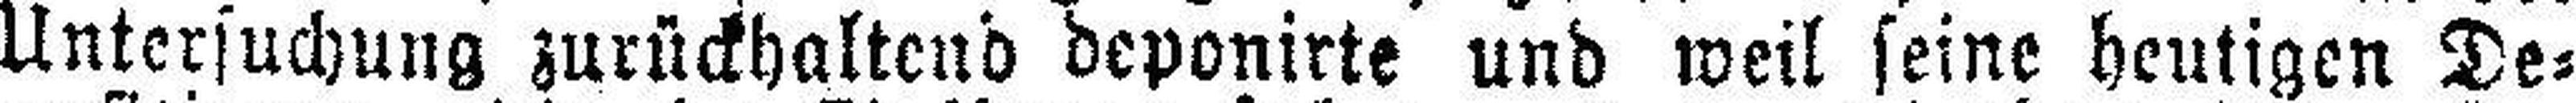
Untersuchung zurückhaltend deponirte und weil seine heutigen De¬